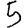
Digit: 5